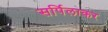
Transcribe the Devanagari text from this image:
सर्पिलाकर